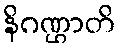
နိဂဏ္ဌာတိ